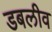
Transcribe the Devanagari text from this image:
डबलीव